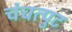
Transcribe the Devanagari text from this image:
चंचत्पुट